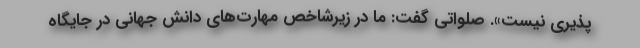
‌پذیری نیست». صلواتی گفت: ما در زیرشاخص مهارت‌های دانش جهانی در جایگاه